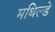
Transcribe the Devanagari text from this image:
मथिल्डे